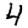
Digit: 4